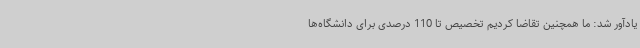
یادآور شد: ما همچنین تقاضا کردیم تخصیص تا 110 درصدی برای دانشگاه‌ها